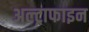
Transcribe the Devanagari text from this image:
अल्ट्राफाइन